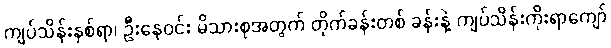
ကျပ်သိန်းနှစ်ရာ၊ ဦးနေဝင်း မိသားစုအတွက် တိုက်ခန်းတစ် ခန်းနဲ့ ကျပ်သိန်းကိုးရာကျော်